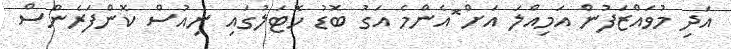
އަދި މުވައްޒަފުން އަމިއްލަ އަށް ޮއެންމެ އަގު ބޮޑު ހޮޓަލުގައި ނިއުސް ކޮންފަރެންސް